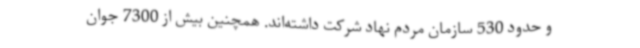
و حدود 530 سازمان مردم نهاد شرکت داشته‌اند. همچنین بیش از 7300 جوان